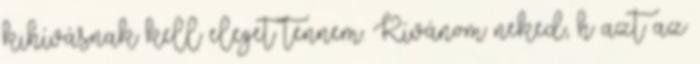
kihívásnak kell eleget tennem. Kívánom neked, h azt az